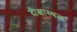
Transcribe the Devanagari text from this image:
दीक्षास्थळ